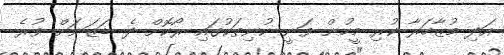
އަދި މުޒާހަރާ ކުރި މީހުން ވަނީ ކުނިތަކުގައި ރޯކޮށް ދެ ޑަޒަނަށް ވުރެ